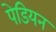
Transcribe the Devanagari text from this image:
पेडियन